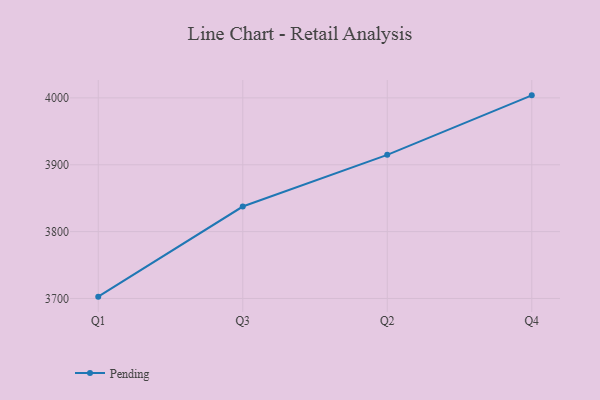
{"axis": {"x": "Quarter", "y": "Satisfaction Score"}, "legend": ["Pending"], "data": [{"x": "Q1", "y": 3702.7, "type": "Pending"}, {"x": "Q3", "y": 3837.5, "type": "Pending"}, {"x": "Q2", "y": 3914.8, "type": "Pending"}, {"x": "Q4", "y": 4003.8, "type": "Pending"}]}